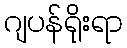
ဂျပန်ရိုးရာ